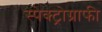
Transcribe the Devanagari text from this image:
स्पेक्ट्रोग्राफी